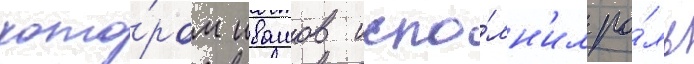
кото́ром ивашов испо́лн'ил ро́ль